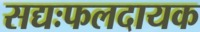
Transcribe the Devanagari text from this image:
सद्यःफलदायक